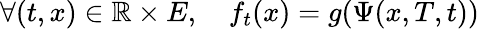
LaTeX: \forall(t,x)\in\mathbb{R}\times E,\quad f_{t}(x)=g(\Psi(x,T,t))